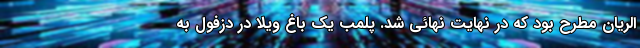
الریان مطرح بود که در نهایت نهائی شد. پلمب یک باغ ویلا در دزفول به